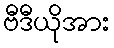
ဗီဒီယိုအား